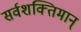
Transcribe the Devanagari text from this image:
सर्वशक्‍तिमान्